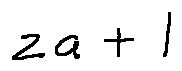
z a + l